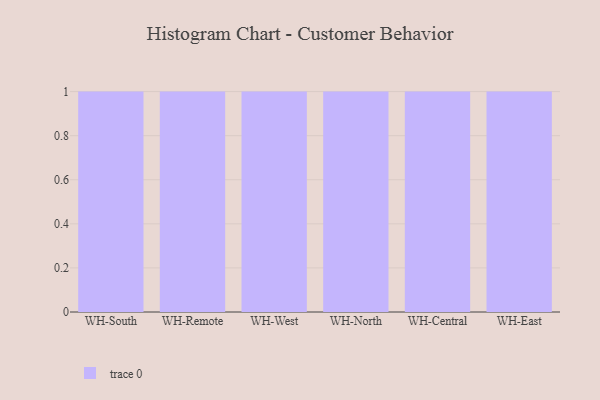
{"axis": {"x": "Warehouse", "y": "Churn Rate (%)"}, "legend": [""], "data": [{"x": "WH-South", "y": 76, "type": ""}, {"x": "WH-Remote", "y": 95, "type": ""}, {"x": "WH-West", "y": 14, "type": ""}, {"x": "WH-North", "y": 30, "type": ""}, {"x": "WH-Central", "y": 92, "type": ""}, {"x": "WH-East", "y": 94, "type": ""}]}